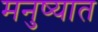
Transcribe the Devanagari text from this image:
मनुष्यात